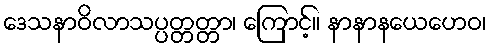
ဒေသနာဝိလာသပ္ပတ္တတ္တာ၊ ကြောင့်။ နာနာနယေဟေဝ၊